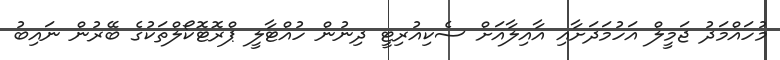
މުހައްމަދު ޖަމީލް އަހުމަދަށާއި އާއިލާއަށް ސެކިއުރިޓީ ދިނުން ހުއްޓާލީ ޕްރޮޓޮކޯލްތަކުގެ ބޭރުން ނައިބު